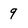
Character: g